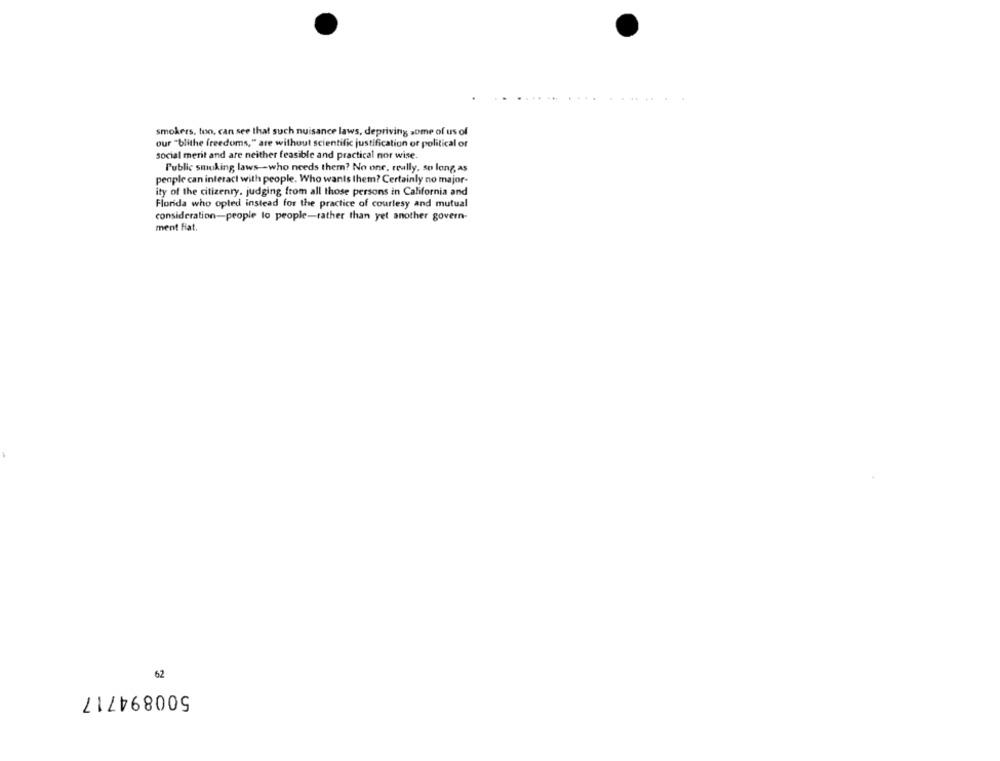
smokers, too, can see that such nuisance laws, depriving some of us of
our "blithe freedoms," are without scientific justification of political of
social merit and are neither feasible and practical nor wise.
Public smoking laws -- who needs them? No one, really, so long, as
people can interact with people. Who wants them? Certainly no major-
ity of the citizenry. judging from all those persons in California and
Florida who opted instead for the practice of courtesy and mutual
consideration-people to people-rather than yet another govern-
ment Fiat.
62
500894717